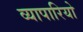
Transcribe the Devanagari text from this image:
व्यापारियो